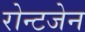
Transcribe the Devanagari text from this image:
रोन्टजेन